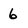
Character: 6